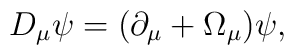
D_\mu \psi=(\partial_\mu + \Omega_\mu)\psi,